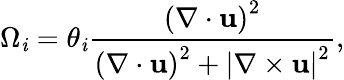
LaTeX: \Omega_{\mathit{i}}=\theta_{\mathit{i}}\frac{{\left(\nabla\cdot\mathbf{{u}}\right)^{2}}}{{\left(\nabla\cdot\mathbf{{u}}\right)^{2}+\left|\nabla\times\mathbf{{u}}\right|^{2}}},